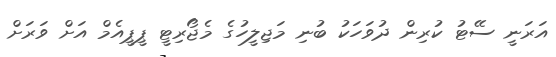
އަރަނީ ސޭޓު ކުރިން ދުވަހަކު ބުނި މަޖިލީހުގެ މެޖޯރިޓީ ޕީޕީއެމް އަށް ވަރަށް